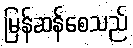
မြန်ဆန်စေသည်